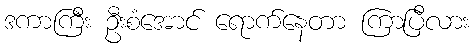
ဒကာကြီး ဦးစံအောင် ရောက်နေတာ ကြာပြီလား